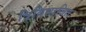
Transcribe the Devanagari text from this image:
त्रिविभाजित